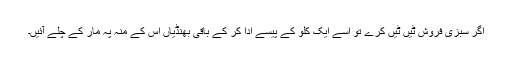
اگر سبزی فروش ٹیں ٹیں کرے تو اسے ایک کلو کے پیسے ادا کر کے باقی بھنڈیاں اس کے منہ پہ مار کے چلے آئیں۔